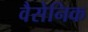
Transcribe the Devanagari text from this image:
वैसेनिक